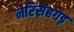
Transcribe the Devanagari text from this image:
नरिंसंहगड़